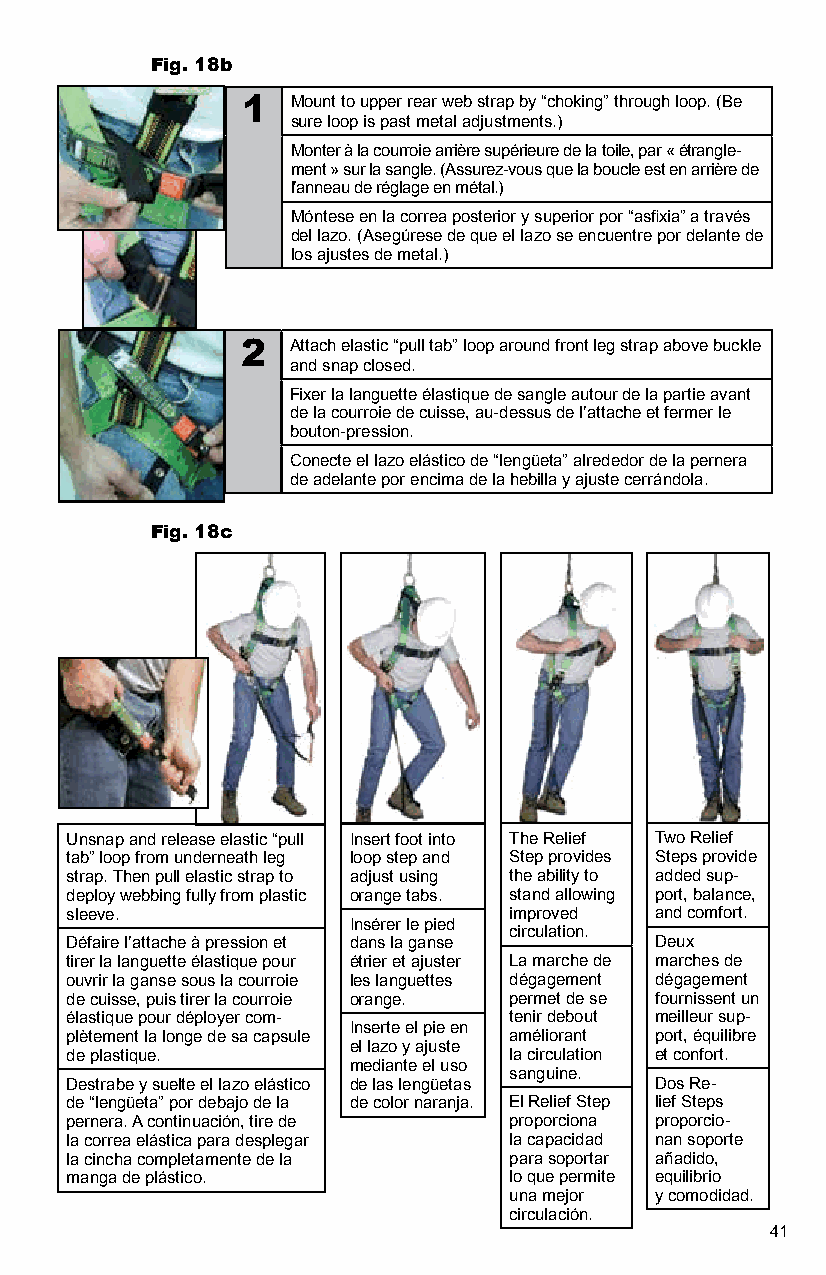
Fig. 18b
 1  Mount to upper rear web strap by “choking” through loop. (Be
 sure loop is past metal adjustments.)
 Monter à la courroie arrière supérieure de la toile, par « étrangle-
 ment » sur la sangle. (Assurez-vous que la boucle est en arrière de
 l’anneau de réglage en métal.)
 Móntese en la correa posterior y superior por “asfixia” a través
 del lazo. (Asegúrese de que el lazo se encuentre por delante de
 los ajustes de metal.)
 2  Attach elastic “pull tab” loop around front leg strap above buckle
 and snap closed.
 Fixer la languette élastique de sangle autour de la partie avant
 de la courroie de cuisse, au-dessus de l’attache et fermer le
 bouton-pression.
 Conecte el lazo elástico de “lengüeta” alrededor de la pernera
 de adelante por encima de la hebilla y ajuste cerrándola.
 Fig. 18c
 Unsnap and release elastic “pull Insert foot into The Relief Two Relief
 tab” loop from underneath leg loop step and Step provides Steps provide
 strap. Then pull elastic strap to adjust using the ability to added sup-
 deploy webbing fully from plastic orange tabs. stand allowing port, balance,
 sleeve.                       improved and comfort.
 Insérer le pied
 circulation.
 Défaire l’attache à pression et dans la ganse Deux
 tirer la languette élastique pour étrier et ajuster La marche de marches de
 ouvrir la ganse sous la courroie les languettes dégagement dégagement
 de cuisse, puis tirer la courroie orange. permet de se fournissent un
 élastique pour déployer com-  tenir debout meilleur sup-
 Inserte el pie en
 plètement la longe de sa capsule améliorant port, équilibre
 el lazo y ajuste
 de plastique.                 la circulation et confort.
 mediante el uso
 sanguine.
 Destrabe y suelte el lazo elástico de las lengüetas Dos Re-
 de “lengüeta” por debajo de la de color naranja. El Relief Step lief Steps
 pernera. A continuación, tire de proporciona proporcio-
 la correa elástica para desplegar la capacidad nan soporte
 la cincha completamente de la para soportar añadido,
 manga de plástico.            lo que permite equilibrio
 una mejor y comodidad.
 circulación.
 41